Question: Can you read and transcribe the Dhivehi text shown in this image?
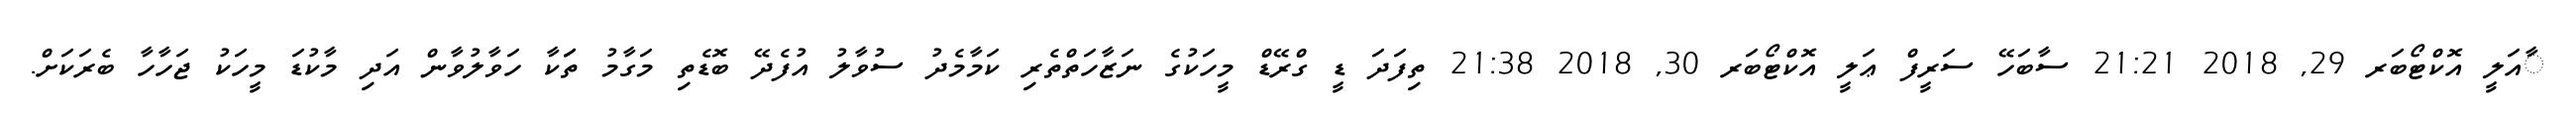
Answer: ާއަލީ އޮކްޓޯބަރ 29, 2018 21:21 ސާބަހޭ ސަރީފް ޢަލީ އޮކްޓޯބަރ 30, 2018 21:38 ތިފަދަ ޑީ ގްރޭޑް މީހަކުގެ ނަޒާހަތްތެރި ކަމާމެދު ސުވާލު އުފެދޭ ބޮޑެތި މަގާމު ތަަކާ ހަވާލުވާން އަދި މާކުޑަ މީހަކު ޖަހާހާ ބެރަކަށް.